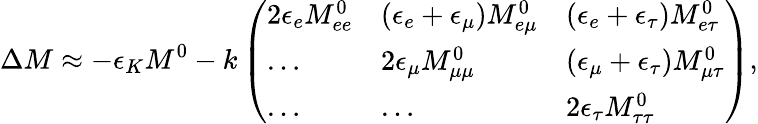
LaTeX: \Delta M\approx-\epsilon_{K}M^{0}-k\left(\begin{array}{lll}{{2\epsilon_{e}M_{ee}^{0}}}&{{(\epsilon_{e}+\epsilon_{\mu})M_{e\mu}^{0}}}&{{(\epsilon_{e}+\epsilon_{\tau})M_{e\tau}^{0}}}\\ {{\dots}}&{{2\epsilon_{\mu}M_{\mu\mu}^{0}}}&{{(\epsilon_{\mu}+\epsilon_{\tau})M_{\mu\tau}^{0}}}\\ {{\dots}}&{{\dots}}&{{2\epsilon_{\tau}M_{\tau\tau}^{0}}}\end{array}\right),